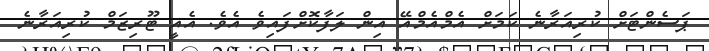
ޕަސެންޓަށް ކުރިއަރާނެ ކަމަށް އެމްއެމްއޭ އިން ލަފާކޮށްފައިވެ އެވެ. އެއީ ޓޫރިޒަމް ކުރިއަރާނެ